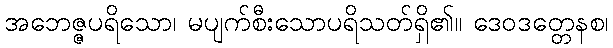
အဘေဇ္ဇပရိသော၊ မပျက်စီးသောပရိသတ်ရှိ၏။ ဒေဝဒတ္တေနစ၊